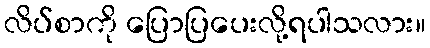
လိပ်စာကို ပြောပြပေးလို့ရပါသလား။